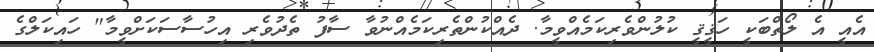
އެއީ އެ ލޯތްބަކީ ހަޤީޤީ ކުލުންވެރިކަމެއްވީމާ. ދެއްކުންތެރިކަމެއްނުވާ ސާފު ތެދުވެރި އިހުސާސަކަށްވީމާ" ހައިކަލްގެ